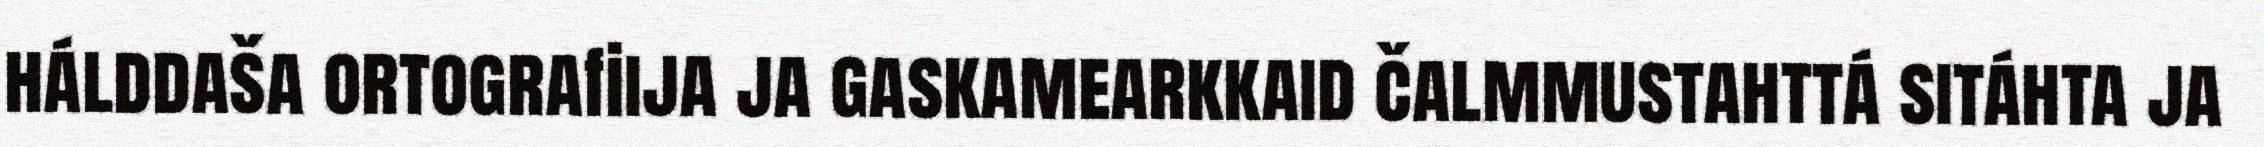
hálddaša ortografiija ja gaskamearkkaid čalmmustahttá sitáhta ja